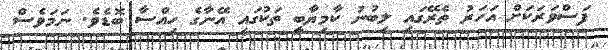
ފަސްވަރަކަށް އަހަރު ތެރޭގައި ލިބުނު ކާމިޔާބީ ތަކުގައި އޭނާގެ ހިއްސާ ބޮޑެވެ. ނަމަވެސް